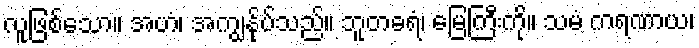
လူဖြစ်သော။ အဟံ၊ အကျွန်ုပ်သည်။ ဘူတဓရံ၊ မြေကြီးကို။ သမံ ကရဏာယ၊